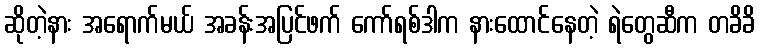
ဆိုတဲ့နား အရောက်မယ် အခန်းအပြင်ဖက် ကော်ရစ်ဒါက နားထောင်နေတဲ့ ရဲတွေဆီက တခိခိ